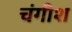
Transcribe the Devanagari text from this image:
चंगीश